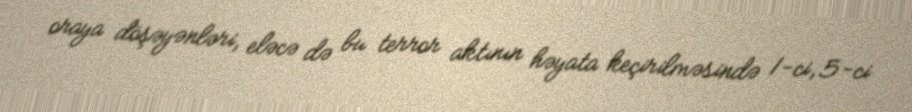
oraya döşəyənləri, eləcə də bu terror aktının həyata keçirilməsində 1-ci, 5-ci